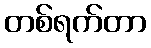
တစ်ရက်တာ